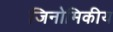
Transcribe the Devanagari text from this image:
जिनोमिकीय